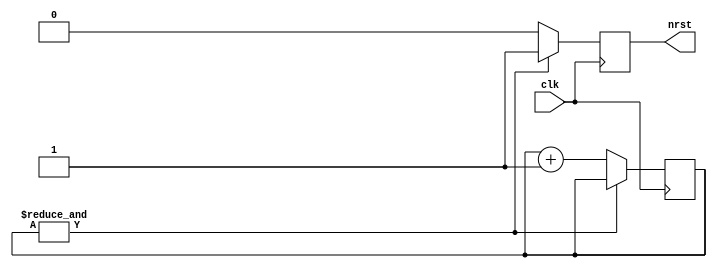
module rst_gen(input clk, output reg nrst);

   reg [7:0] cnt = 0;

   always @(posedge clk)
     if (&cnt)
       nrst <= 1'b1;
     else begin
	nrst <= 1'b0;
	cnt <= cnt + 1;
     end

endmodule